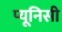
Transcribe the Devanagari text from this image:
प्यूनिसी